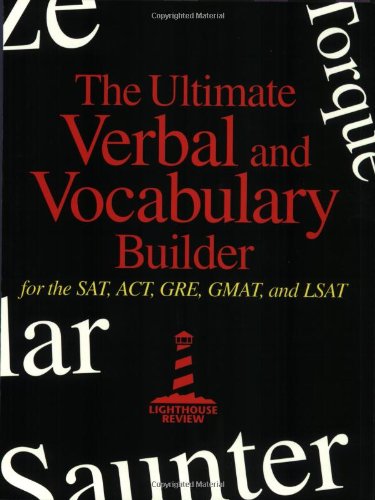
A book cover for The Ultimate Verbal and Vocabulary Builder for SAT, ACT, GRE, GMAT, and LSAT; Lighthouse Review Inc; Test Preparation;